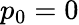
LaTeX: p_{0}=0